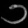
Digit: ၁